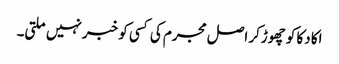
اکا دکا کو چھوڑکر اصل مجرم کی کسی کو خبر نہیں ملتی۔